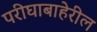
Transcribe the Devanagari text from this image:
परीघाबाहेरील